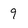
Character: 9